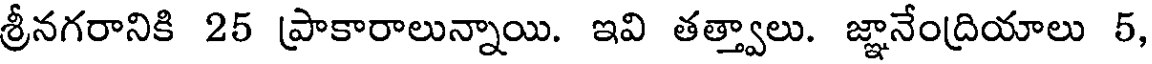
శ్రీనగరానికి 25 ప్రాకారాలున్నాయి. ఇవి తత్త్వాలు. జ్ఞానేంద్రియాలు 5,